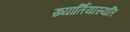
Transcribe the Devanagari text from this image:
ख्यार्तियास्यति